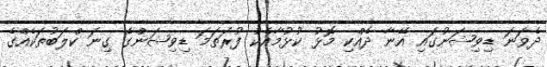
ދެވަނަ ޑިވިޝަނުގައި އޭނާ ދެއްކި މޮޅު ކުޅުމާއެކު ފުރަތަމަ ޑިވިޝަންގެ ގިނަ ކްލަބުތަކެއްގެ